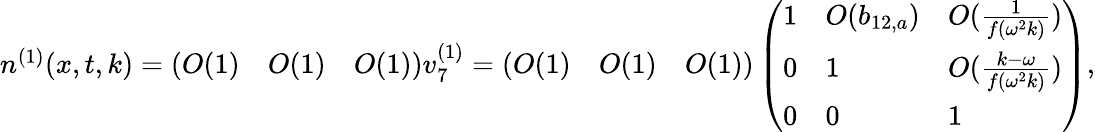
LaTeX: \begin{array}{r}{n^{(1)}(x,t,k)=\left(\begin{array}{lll}{O(1)}&{O(1)}&{O(1)}\end{array}\right)v_{7}^{(1)}=\left(\begin{array}{lll}{O(1)}&{O(1)}&{O(1)}\end{array}\right)\left(\begin{array}{lll}{1}&{O(b_{12,a})}&{O(\frac{1}{f(\omega^{2}k)})}\\ {0}&{1}&{O(\frac{k-\omega}{f(\omega^{2}k)})}\\ {0}&{0}&{1}\end{array}\right),}\end{array}